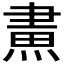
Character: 𤌲